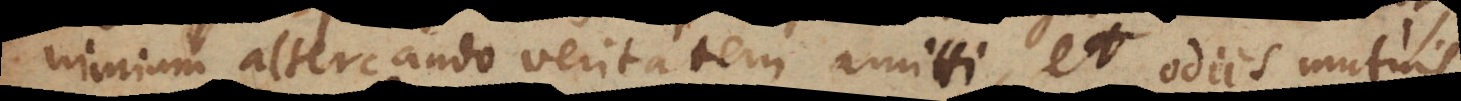
nimium altercando veritatem amitti, et odiis mutuis